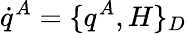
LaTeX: \dot{q}^{A}=\{ q^{A},H\} _{D}